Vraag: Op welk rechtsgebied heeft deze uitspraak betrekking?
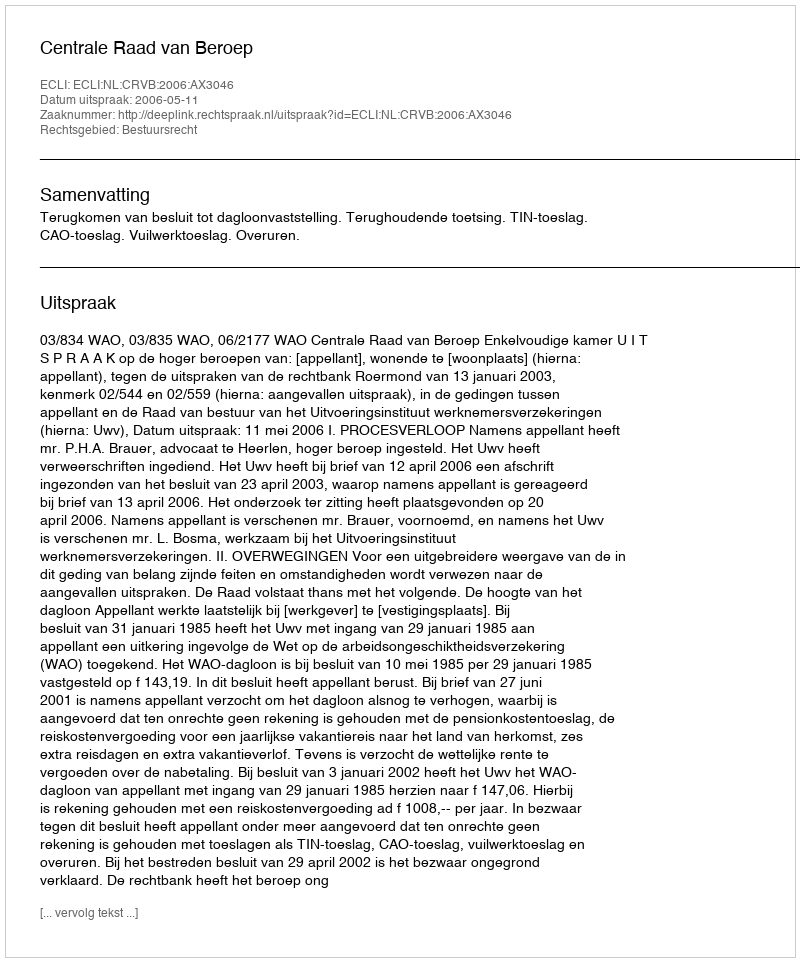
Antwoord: Bestuursrecht